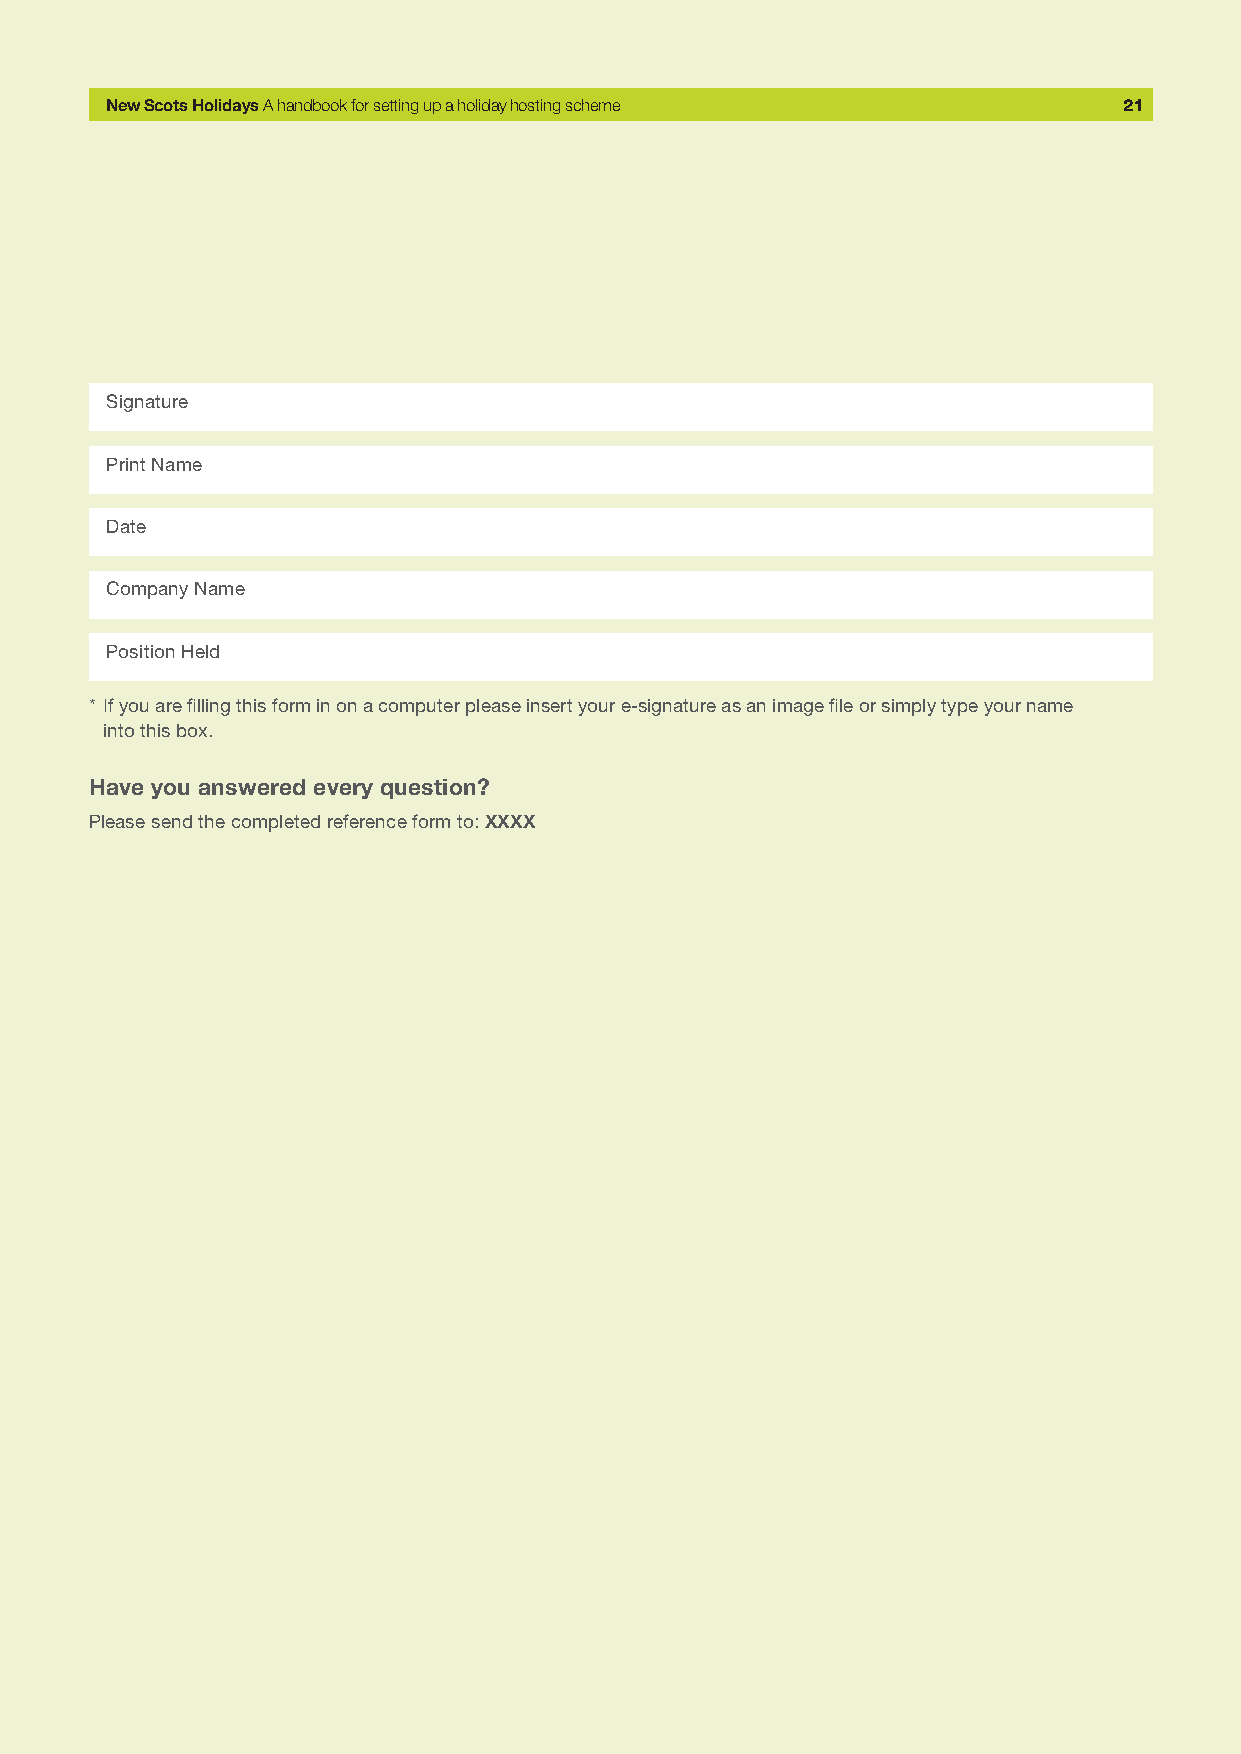
New Scots Holidays A handbook for setting up a holiday hosting scheme 21
 Signature
 Print Name
 Date
 Company Name
 Position Held
 * If you are filling this form in on a computer please insert your e-signature as an image file or simply type your name
 into this box.
 Have you answered every question?
 Please send the completed reference form to: XXXX